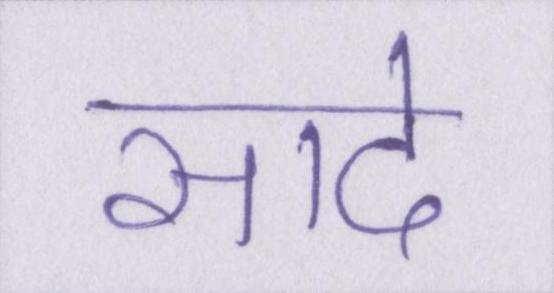
सादे